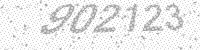
Solution: 902123